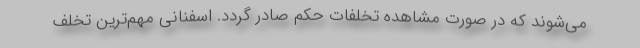
می‌شوند که در صورت مشاهده تخلفات حکم صادر گردد. اسفنانی مهم‌ترین تخلف